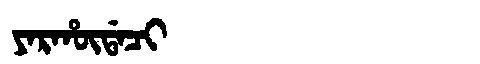
Manchu: ᠶᠠᡵᡥᡡᡩᠠᠴᡳ
Romanization: YARHŪDACI